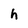
Character: h